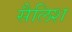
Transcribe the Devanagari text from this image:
सैलिश